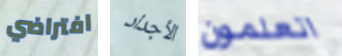
افتراضي الأجداد اتعلمون